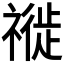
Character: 𥛨